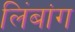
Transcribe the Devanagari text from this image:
लिंबांग